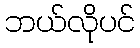
ဘယ်လိုပင်